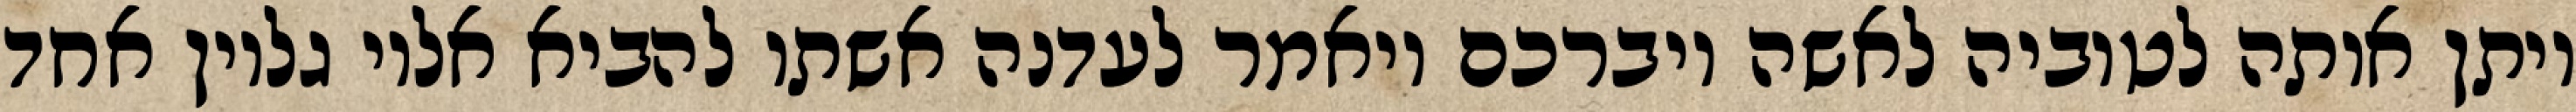
ויתן אותה לטוביה לאשה ויברכם ויאמר לעדנה אשתו להביא אליו גליון אחד